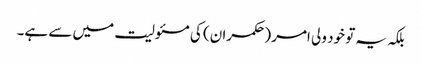
بلکہ یہ تو خود ولی امر (حکمران) کی مسئولیت میں سے ہے۔